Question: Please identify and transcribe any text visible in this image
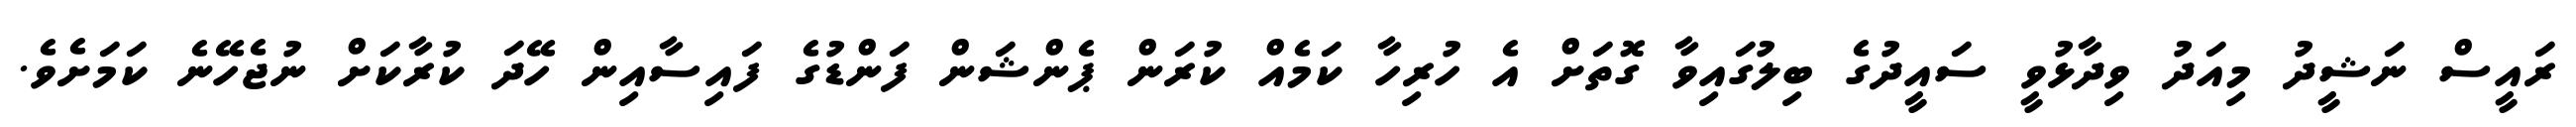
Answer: ރައީސް ނަޝީދު މިއަދު ވިދާޅުވީ ސައީދުގެ ބިލުގައިވާ ގޮތަށް އެ ހުރިހާ ކަމެއް ކުރަން ޕެންޝަން ފަންޑުގެ ފައިސާއިން ހޭދަ ކުރާކަށް ނުޖެހޭނެ ކަމަށެވެ.